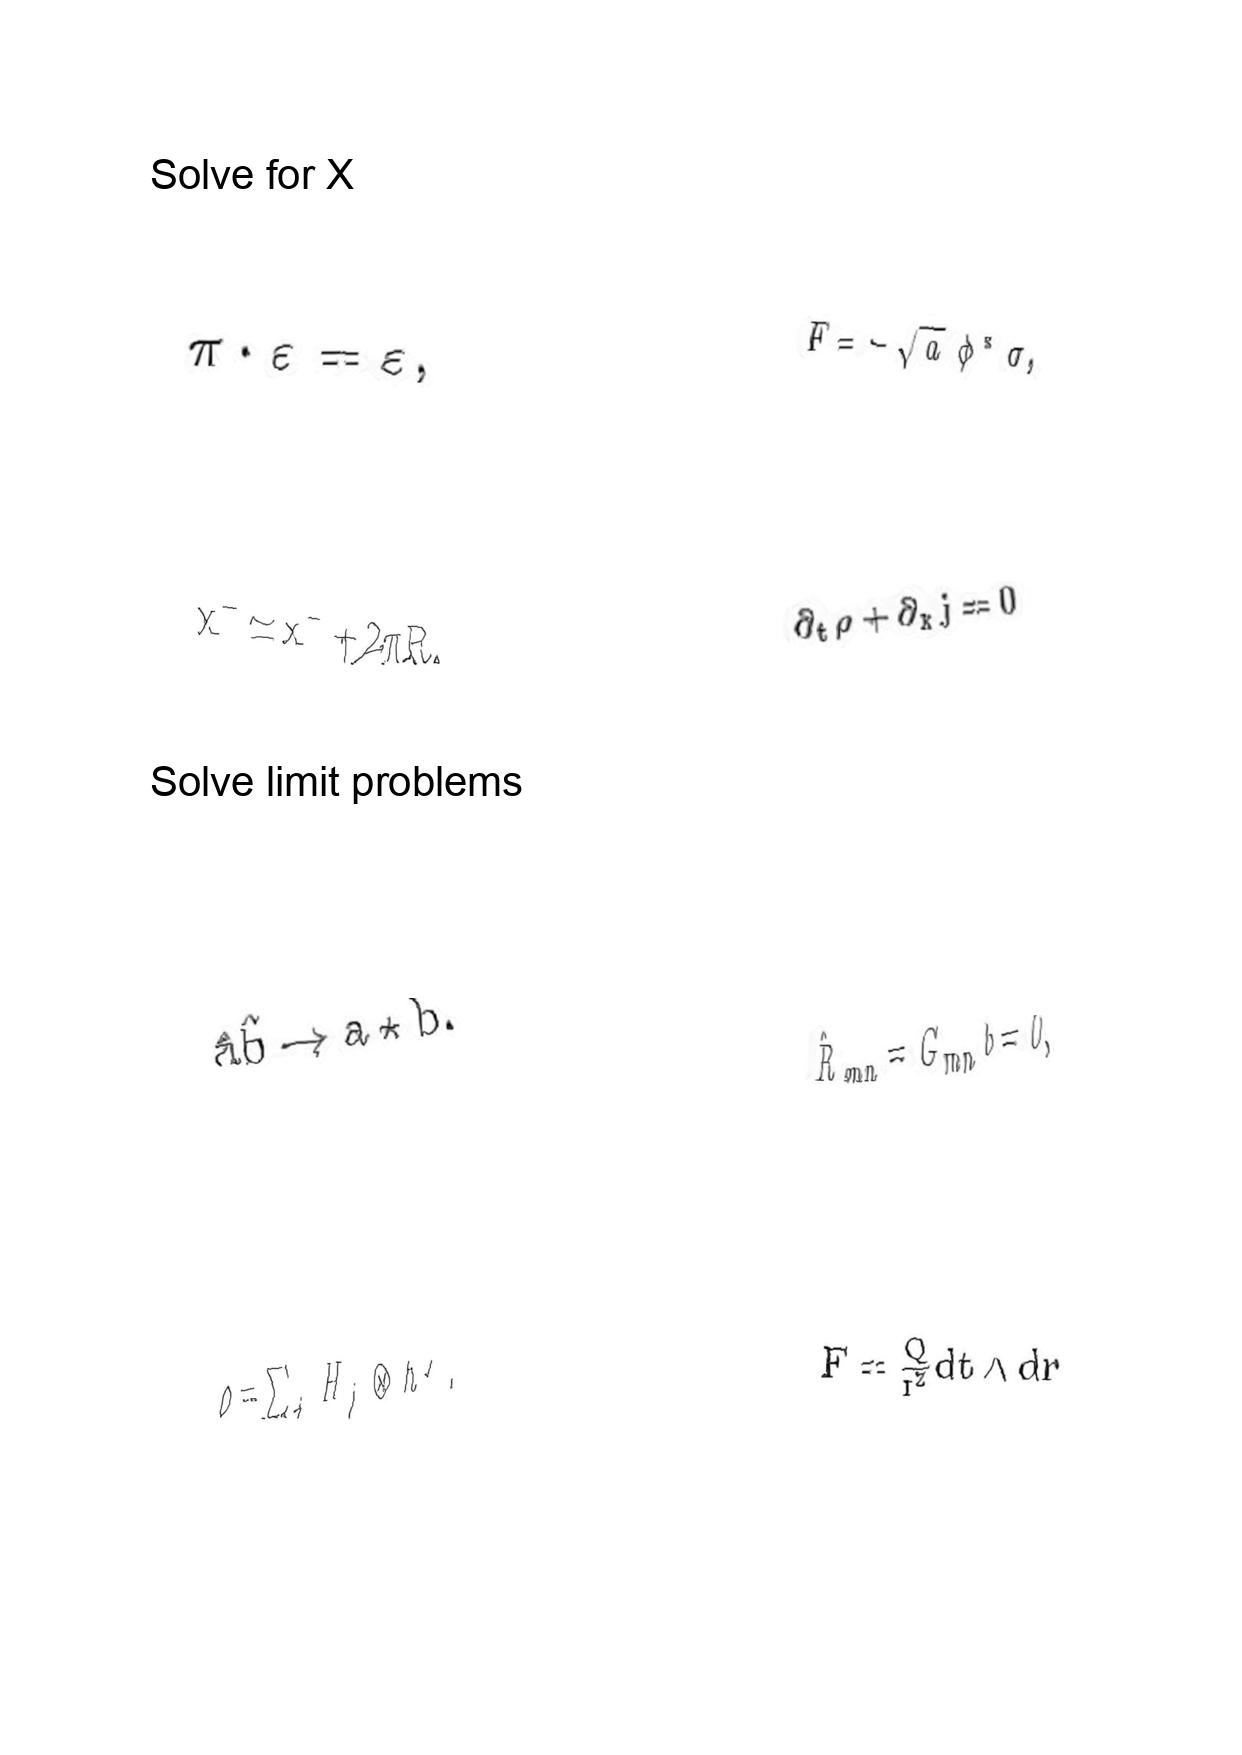
LaTeX transcription:
\pi \cdot \varepsilon = \varepsilon ,
x ^ { - } \simeq x ^ { - } + 2 \pi R ,
\hat { a } \hat { b } \rightarrow a \star b .
\rho = \sum _ { j } H _ { j } \otimes h ^ { j } .
F = - \sqrt { a } \phi ^ { \ast } \sigma ,
\partial _ { t } \rho + \partial _ { x } j = 0
\hat { R } _ { m n } = G _ { m n } b = 0 ,
F = \frac { Q } { r ^ { 2 } } d t \wedge d r